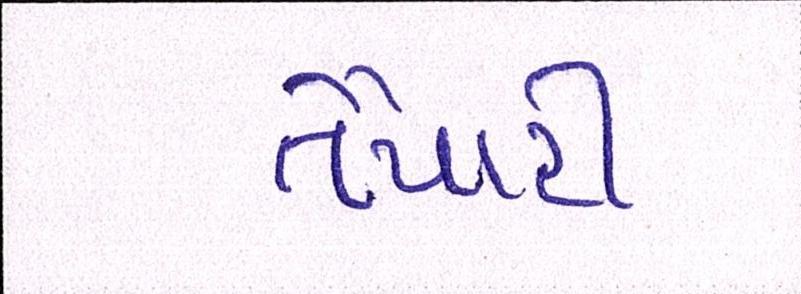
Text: તૈયારી